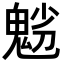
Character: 𩲿